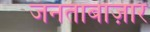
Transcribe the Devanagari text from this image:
जनताबाज़ार